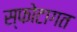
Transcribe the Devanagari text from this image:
स्फोटागत